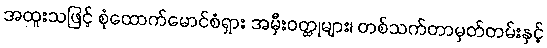
အထူးသဖြင့် စုံထောက်မောင်စံရှား အမှီးဝတ္ထုများ၊ တစ်သက်တာမှတ်တမ်းနှင့်